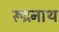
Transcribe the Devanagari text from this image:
रूद्रनाथ